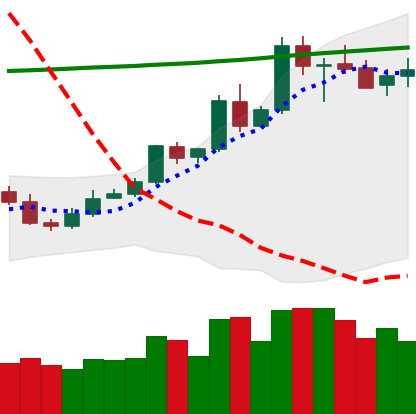
Ticker: ETC-USD
Chart end date: 2020-05-08
Forward return: -13.412%
Label: down_7plus